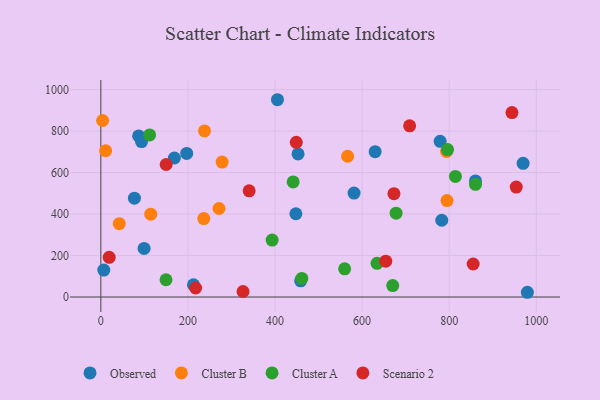
{"axis": {"x": "Speed", "y": "Exam Score"}, "legend": ["Cluster A", "Cluster B", "Observed", "Scenario 2"], "data": [{"x": "782.9", "y": 370.0, "type": "Observed"}, {"x": "447.9", "y": 401.4, "type": "Observed"}, {"x": "979.5", "y": 22.9, "type": "Observed"}, {"x": "168.9", "y": 670.1, "type": "Observed"}, {"x": "458.9", "y": 78.2, "type": "Observed"}, {"x": "860.3", "y": 559.6, "type": "Observed"}, {"x": "969.7", "y": 644.6, "type": "Observed"}, {"x": "629.9", "y": 700.4, "type": "Observed"}, {"x": "6.8", "y": 130.0, "type": "Observed"}, {"x": "197.2", "y": 692.2, "type": "Observed"}, {"x": "581.5", "y": 500.9, "type": "Observed"}, {"x": "86.8", "y": 776.2, "type": "Observed"}, {"x": "77.1", "y": 476.3, "type": "Observed"}, {"x": "93.5", "y": 749.1, "type": "Observed"}, {"x": "212.7", "y": 58.9, "type": "Observed"}, {"x": "452.9", "y": 689.8, "type": "Observed"}, {"x": "779.2", "y": 750.5, "type": "Observed"}, {"x": "99.3", "y": 234.0, "type": "Observed"}, {"x": "405.6", "y": 950.9, "type": "Observed"}, {"x": "566.7", "y": 678.5, "type": "Cluster B"}, {"x": "114.6", "y": 399.2, "type": "Cluster B"}, {"x": "793.9", "y": 701.7, "type": "Cluster B"}, {"x": "236.4", "y": 377.9, "type": "Cluster B"}, {"x": "4.1", "y": 850.8, "type": "Cluster B"}, {"x": "278.5", "y": 650.6, "type": "Cluster B"}, {"x": "794.9", "y": 464.9, "type": "Cluster B"}, {"x": "238.1", "y": 800.4, "type": "Cluster B"}, {"x": "10.9", "y": 705.3, "type": "Cluster B"}, {"x": "42.3", "y": 353.4, "type": "Cluster B"}, {"x": "271.4", "y": 426.7, "type": "Cluster B"}, {"x": "559.9", "y": 135.8, "type": "Cluster A"}, {"x": "112.1", "y": 781.3, "type": "Cluster A"}, {"x": "441.6", "y": 554.9, "type": "Cluster A"}, {"x": "149.7", "y": 83.2, "type": "Cluster A"}, {"x": "860.4", "y": 543.3, "type": "Cluster A"}, {"x": "393.3", "y": 274.5, "type": "Cluster A"}, {"x": "814.3", "y": 581.3, "type": "Cluster A"}, {"x": "461.5", "y": 89.8, "type": "Cluster A"}, {"x": "678.0", "y": 404.2, "type": "Cluster A"}, {"x": "796.2", "y": 710.6, "type": "Cluster A"}, {"x": "634.3", "y": 162.2, "type": "Cluster A"}, {"x": "670.3", "y": 55.1, "type": "Cluster A"}, {"x": "340.6", "y": 511.7, "type": "Scenario 2"}, {"x": "448.8", "y": 745.6, "type": "Scenario 2"}, {"x": "673.1", "y": 498.1, "type": "Scenario 2"}, {"x": "855.0", "y": 159.1, "type": "Scenario 2"}, {"x": "19.2", "y": 191.3, "type": "Scenario 2"}, {"x": "217.6", "y": 43.6, "type": "Scenario 2"}, {"x": "953.9", "y": 529.9, "type": "Scenario 2"}, {"x": "944.1", "y": 889.0, "type": "Scenario 2"}, {"x": "326.5", "y": 26.7, "type": "Scenario 2"}, {"x": "654.3", "y": 172.8, "type": "Scenario 2"}, {"x": "709.1", "y": 825.3, "type": "Scenario 2"}, {"x": "150.0", "y": 638.6, "type": "Scenario 2"}]}